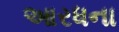
આરધના